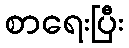
စာရေးပြီး